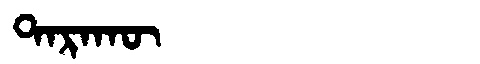
Manchu: ᡨᠠᡵᠠᡴᡡ
Romanization: TARAKŪ